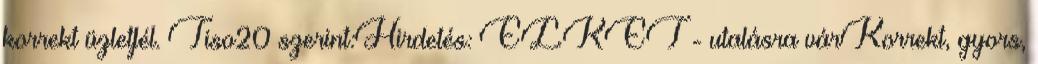
korrekt üzletfél. Tiso20 szerint:Hirdetés: ELKET - utalásra várKorrekt, gyors,